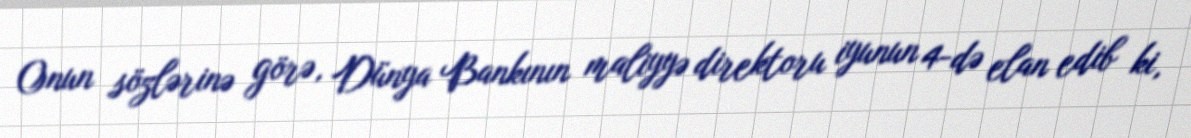
Onun sözlərinə görə, Dünya Bankının maliyyə direktoru iyunun 4-də elan edib ki,